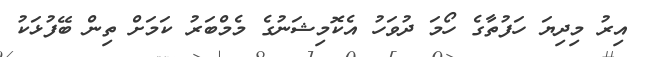
އިރު މިދިޔަ ހަފުތާގެ ހޯމަ ދުވަހު އެކޮމިޝަނުގެ މެމްބަރު ކަމަށް ތިން ބޭފުޅަކު